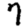
Digit: 7